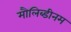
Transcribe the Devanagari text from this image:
मौलिब्डीनम